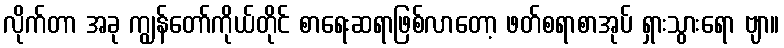
လိုက်တာ အခု ကျွန်တော်ကိုယ်တိုင် စာရေးဆရာဖြစ်လာတော့ ဖတ်စရာစာအုပ် ရှားသွားရော ဗျာ။